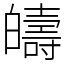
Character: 㿧